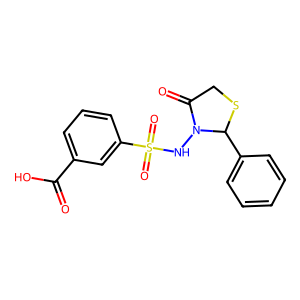
SMILES: O=C(O)c1cccc(S(=O)(=O)NN2C(=O)CSC2c2ccccc2)c1
Inhibits HIV replication: No